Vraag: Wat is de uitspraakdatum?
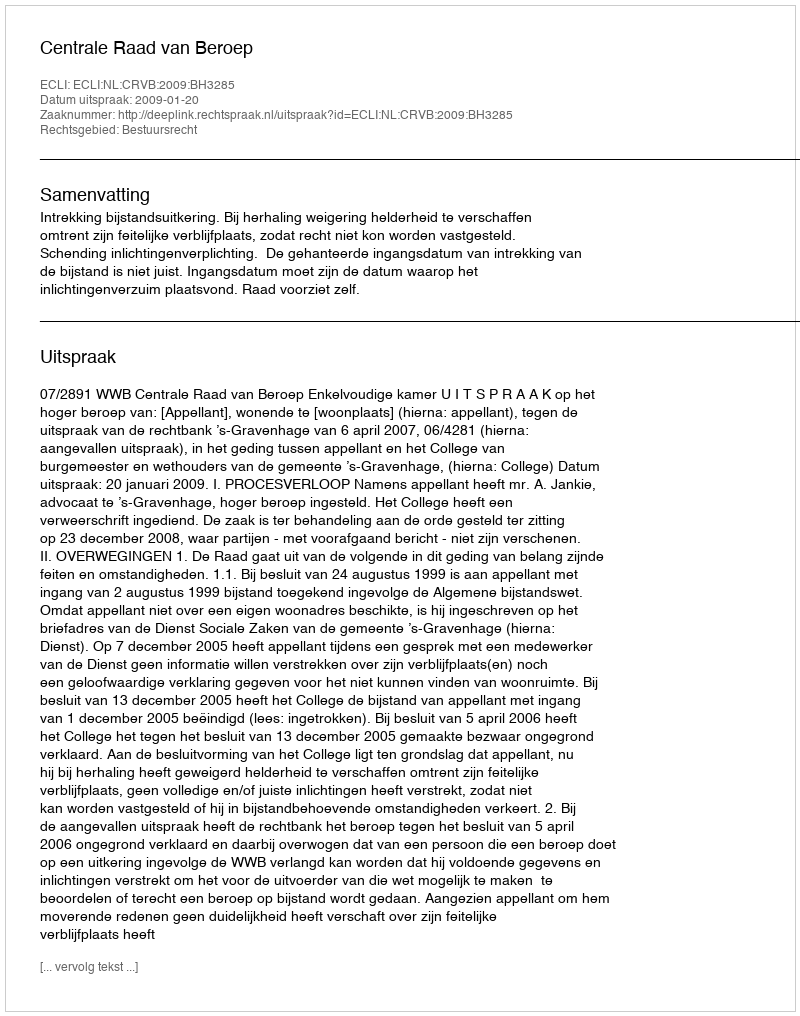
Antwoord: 2009-01-20